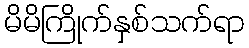
မိမိကြိုက်နှစ်သက်ရာ